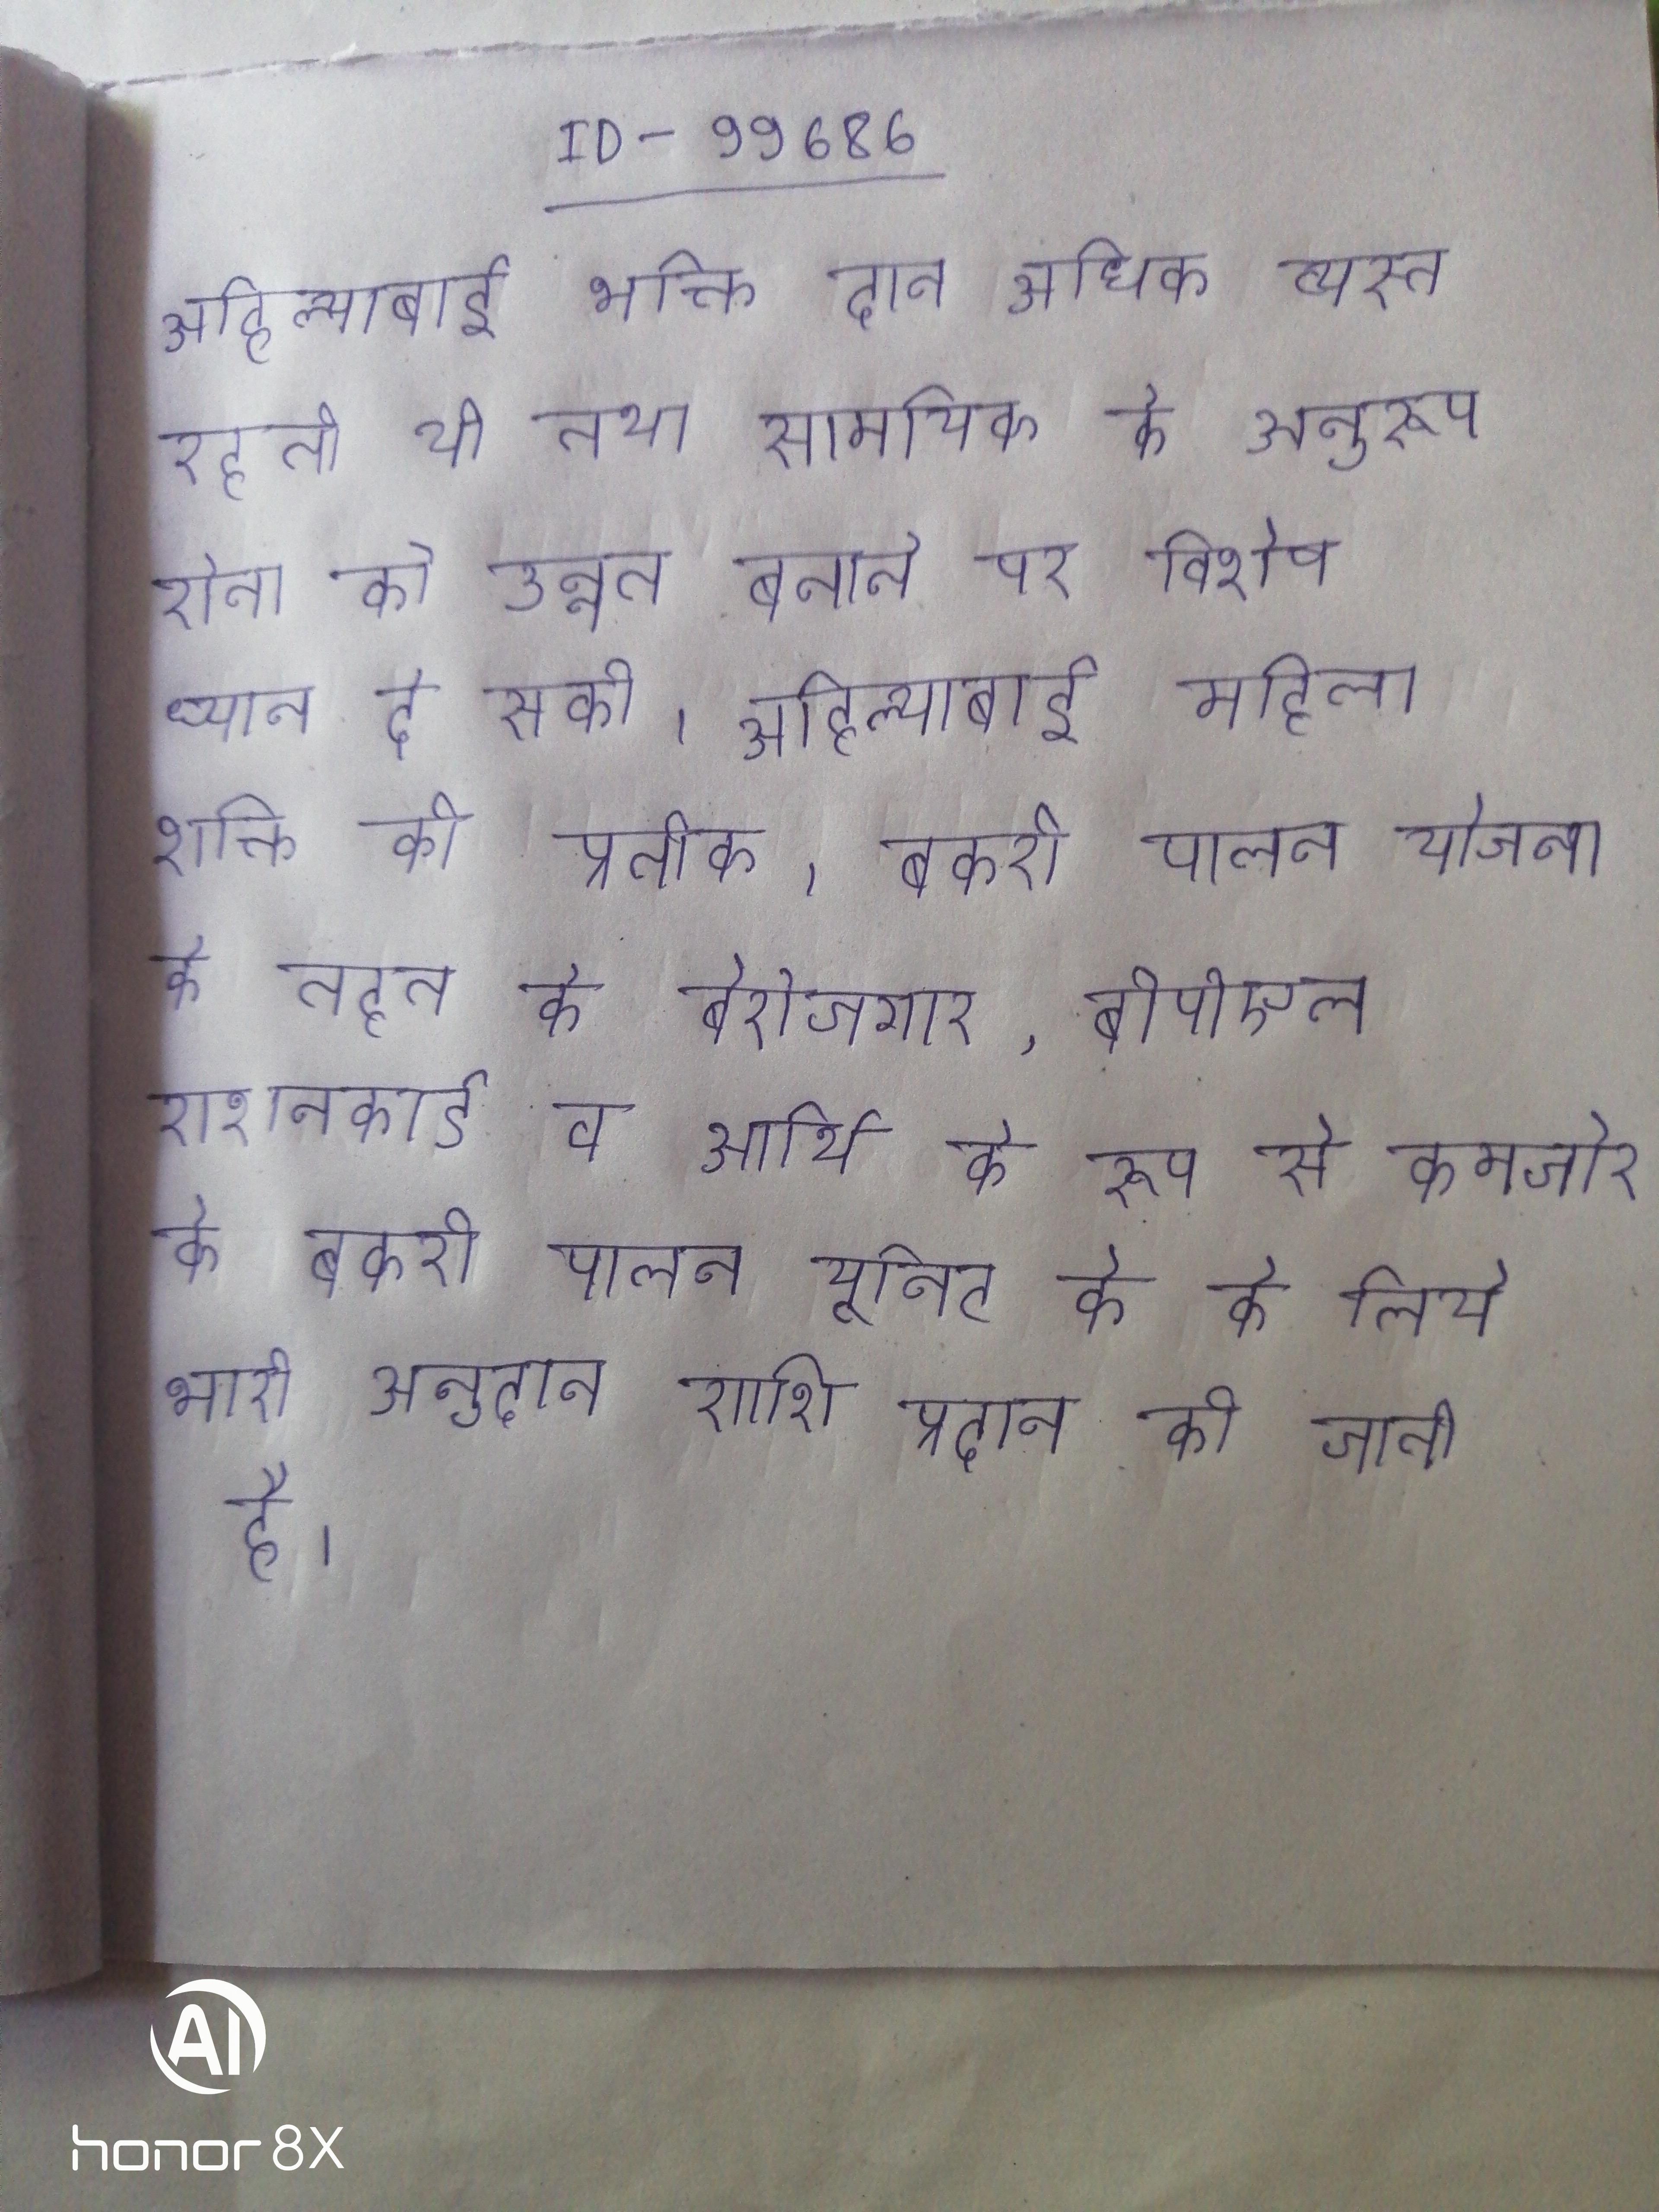
अहिल्याबाई भक्ति दान अधिक व्यस्त रहती थी तथा सामयिक के अनुरूप सेना को उन्नत बनाने पर विशेष ध्यान दे सकी । अहिल्याबाई महिला शक्ति की प्रतीक । बकरी पालन योजना के तहत के बेरोजगार, बीपीएल राशनकार्ड व आर्थि के रूप से कमजोर को बकरी पालन यूनिट के के लिये भारी अनुदान राशि प्रदान की जाती है ।